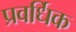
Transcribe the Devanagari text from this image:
प्रवर्धिक